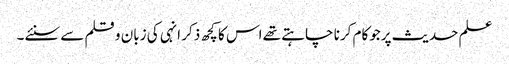
علم حدیث پرجوکام کرنا چاہتے تھے اس کا کچھ ذکر انہی کی زبان و قلم سے سنئے۔